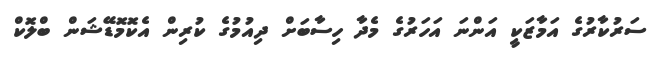
ސަރުކާރުގެ އަމާޒަކީ އަންނަ އަހަރުގެ މެދާ ހިސާބަށް ދިއުމުގެ ކުރިން އެކޮމޮޑޭޝަން ބްލޮކް